Medical and sanitary report of the native army of Madras for the year
Year: 1877
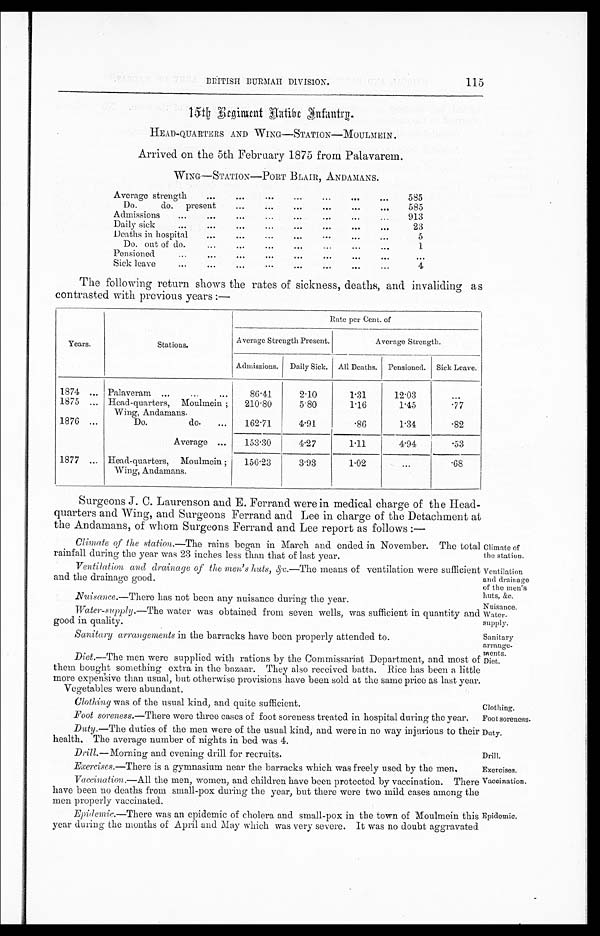
115
Ventilation
and drainage
of the men's
hut s, &c.
Nuisance.
Water-
supply.
Sanitary
arrange
- ments.
Diet.
Clothing.
Foot soreness.
Duty.
Drill.
Exercises.
Vaccination.
Epidemic.
1 5 t h R e g i m e n t N a t i v e I n f a n t r y .
HEAD-QUARTERS AND WING—STATION—MOULMEIN.
Arrived on the 5th February 1875 from Palavarem.
WING—STATION—PORT BLAIR, ANDAMANS.
Average strength
...
. . .
... . . .
. . .
. . .
585
Do. do. present
...
...
...
...
. . .
. . .
585
Admissions ...
...
...
...
...
. . . ... 913
Daily sick
...
...
...
... . . .
. . .
. . .
. . .
23
Deaths in hospital
. . .
...
...
...
. . . . . .
. . .
5
Do. out of do.
...
...
...
... . . .
...
. . .
1
Pensioned
...
...
...
...
... . . .
. . .
. . .
. . .
Sick leave
...
...
...
. . .
...
...
...
...
4
The following return shows the rates of sickness, deaths, and invaliding as
contrasted with previous years :—
Years.
Stations.
Rate per Cent. of
Average Strength Present.
Average Strength.
Admissions. Daily Sick. All Deaths. Pensioned. Sick Leave.
1874 ... Palaveram ...
...
...
86·41
2·10
1·31
12·03
. . .
1875 ... Head-quarters, Moulmein ;
Wing, Andamans.
210 . 80
5·80
1·16
1·45
·77
1876 ...
Do. do. ... 162·71
4·91
·86
1·34
·82
Average ... 153.30
4·27
1·11
4·94
·53
1877 ... Head-quarters, Moulmein ;
Wing, Andamans.
156·23
3·93
1·02
...
. 6 8
Surgeons J. C. Laurenson and E. Ferrand were in medical charge of the Head-
quarters and Wing, and Surgeons Ferrand and Lee in charge of the Detachment at
the Andamans, of whom Surgeons Ferrand and Lee report as follows :—
Climate of the station.—The rains began in March and ended in November. The total
rainfall during the year was 23 inhes 1ess than that of last year.
Climate of
the station.
Ventilation and drainage of the men's huts,&c.— The means of ventilation were sufficient
and the drainage good.
Nuisance.—There has not been any nuisance during the year.
Water-supply.—The water was obtained from seven wells, was sufficient in quantity and
good in quality.
Sanitary arrangements in the barracks have been properly attended to.
Diet.—The men were supplied with rations by the Commissariat Department, and most of
them bought something extra in the bazaar. They also received batta. Rice has been a little
more expensive than usual, but otherwise provisions have been sold at the same price as last year.
Vegetables were abundant.
Clothing was of the usual kind, and quite sufficient.
Foot soreness.—There were three cases of foot soreness treated in hospital during the year.
Duty.—The duties of the men were of the usual kind, and were in no way injurious to their
health. The average number of nights in bed was 4.
Drill. —Morning and evening drill for recruits.
Exercises.—There is a gymnasium near the barracks which was freely used by the men.
Vaccination.—All the men, women, and children have been protected by vaccination. Then
have been no deaths from small-pox during the year, but there were two mild cases among the
men properly vaccinated.
Epidemic.—There was an epidemic of cholera and small-pox in the town of Moulmein this
year during the months of April and May which was very severe. It was no doubt aggravate.